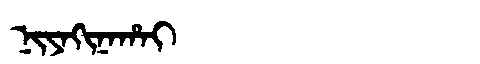
Manchu: ᠨᡳᠶᠠᡴᡳᠨᠠᡥᠠᡳ
Romanization: NIYAKINAHAI